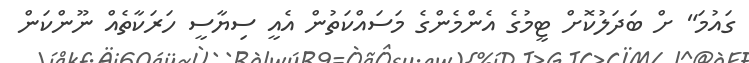
ގައުމަ" ށް ބަދަލުކޮށް ޓީމުގެ އެންމެންގެ މަސައްކަތުން އެއީ ސިޔާސީ ހަރަކާތެއް ނޫންކަން